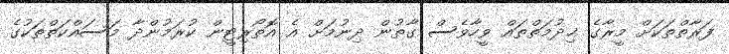
ފަރާތްތަކަށް މީރާގެ ޚިދުމަތްތައް ވީހާވެސް ގާތުން ދިނުމަށް އެ އޮތޯރިޓީން ކުރަމުންދާ މަސައްކަތްތަކުގެ